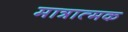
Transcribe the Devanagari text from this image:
मात्रात्‍मक